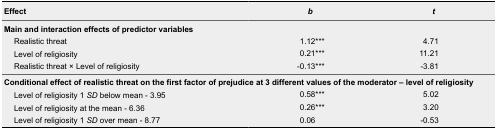
| Effect | b | t |
 | --- | --- | --- |
 | <COLSPAN=3> Main and interaction effects of predictor variables |
 | Realistic threat | 1.12*** | 4.71 |
 | Level of religiosity | 0.21*** | 11.21 |
 | Realistic threat × Level of religiosity | -0.13*** | -3.81 |
 | <COLSPAN=3> Conditional effect of realistic threat on the first factor of prejudice at 3 different values of the moderator – level of religiosity |
 | Level of religiosity 1 SD below mean - 3.95 | 0.58*** | 5.02 |
 | Level of religiosity at the mean - 6.36 | 0.26*** | 3.20 |
 | Level of religiosity 1 SD over mean - 8.77 | 0.06 | -0.53 |